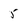
Character: 5